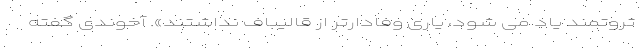
ثروتمند یاد می شود، یاری وفادارتر از قالیباف نداشتند». آخوندی گفته